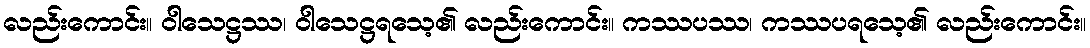
လည်းကောင်း။ ဝါသေဋ္ဌဿ၊ ဝါသေဋ္ဌရသေ့၏ လည်းကောင်း။ ကဿပဿ၊ ကဿပရသေ့၏ လည်းကောင်း။